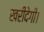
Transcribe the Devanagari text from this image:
खरीदेगी।